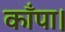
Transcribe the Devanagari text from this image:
काँपा।